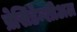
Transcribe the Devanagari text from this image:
प्रेसिडेन्शीअल